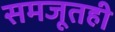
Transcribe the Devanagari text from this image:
समजूतही